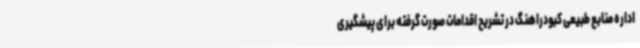
اداره منابع طبیعی کبودراهنگ در تشریح اقدامات صورت گرفته برای پیشگیری